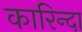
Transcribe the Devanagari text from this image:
कारिन्दा